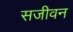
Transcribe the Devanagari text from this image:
सजीवन